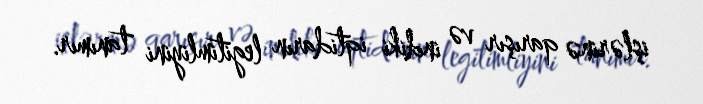
işlərinə qarışır və indiki iqtidarın legitimliyini tanımır.